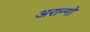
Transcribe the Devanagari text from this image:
अरान्गो